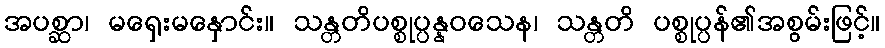
အပစ္ဆာ၊ မရှေးမနှောင်း။ သန္တတိပစ္စုပ္ပန္နဝသေန၊ သန္တတိ ပစ္စုပ္ပန်၏အစွမ်းဖြင့်။